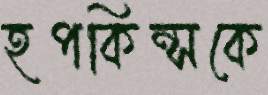
হপকিন্সকে